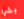
بشرا